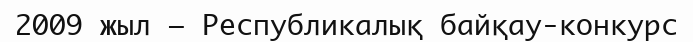
2009 жыл – Республикалық байқау-конкурс